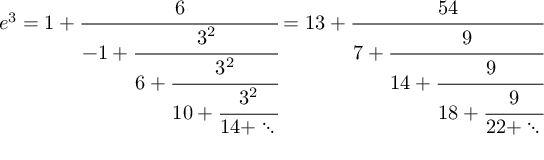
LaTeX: e ^ { 3 } = 1 + { \cfrac { 6 } { - 1 + { \cfrac { 3 ^ { 2 } } { 6 + { \cfrac { 3 ^ { 2 } } { 1 0 + { \cfrac { 3 ^ { 2 } } { 1 4 + \ddots \, } } } } } } } } = 1 3 + { \cfrac { 5 4 } { 7 + { \cfrac { 9 } { 1 4 + { \cfrac { 9 } { 1 8 + { \cfrac { 9 } { 2 2 + \ddots \, } } } } } } } }